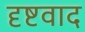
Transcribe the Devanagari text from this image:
दृष्टवाद